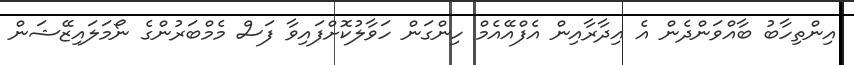
އިންތިހާބު ބާއްވަންދެން އެ އިދާރާއިން އެފްއޭއެމް ހިންގަން ހަވާލުކޮށްފައިވާ ފަސް މެމްބަރުންގެ ނޯމަލައިޒޭޝަން